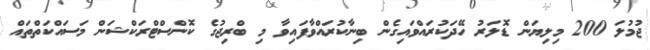
ޖުމުލަ 200 މިލިޔަން ޑޮލަރު ހޭދަކުރައްވައިގެން ބިނާކުރައްވާފައިވާ މި ބްރިޖުގެ ކޮންސްޓްރަކްޝަން މަސައްކަތްތައް